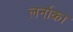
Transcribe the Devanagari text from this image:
लर्नाका